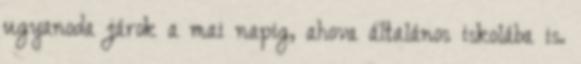
ugyanoda járok a mai napig, ahova általános iskolába is.